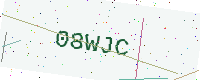
Text: 08WJC